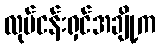
လုပ်ငန်းရှင်အချို့က